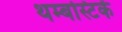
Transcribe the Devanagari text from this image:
थम्बस्टिकें